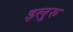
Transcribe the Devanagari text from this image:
इलुरु